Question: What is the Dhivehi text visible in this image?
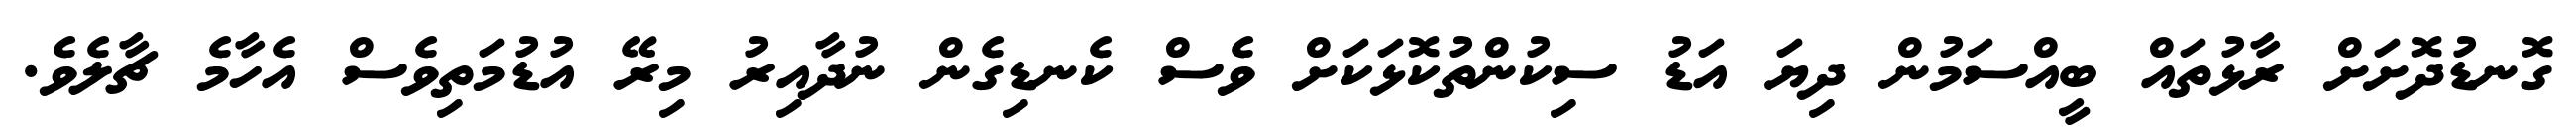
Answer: ގޮނޑުދޮށަށް ރާޅުތައް ބީއްސަމުން ދިޔަ އަޑު ސިކުންތުކޮޅަކަށް ވެސް ކެނޑިގެން ނުދާއިރު މިރޭ އުޑުމަތިވެސް އެހާމެ ޗާލެވެ.